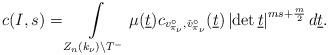
LaTeX: \begin{align*}c(I,s)=\int \limits _{Z_n(k_\nu)\backslash T^-}\mu(\underline{t})c_{v_{\pi_{\nu}}^\circ,\check{v}_{\pi_{\nu}}^{\circ}}(\underline{t})\left|\det \underline{t}\right|^{ms+\frac{m}{2}}d\underline{t}.\end{align*}